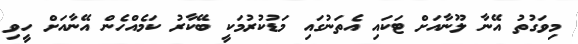
މިވަގުތު އޭނާ ލޫނާއަށް ޓަކައި އެތަނުގައި މަޑުކުރުމަކީ ބޭކާރު ކަމެއްހެން އޭނާއަށް ހީވި